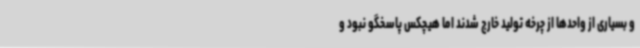
و بسیاری از واحدها از چرخه تولید خارج شدند اما هیچکس پاسخگو نبود و